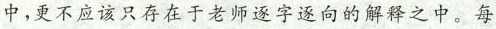
中，更不应该只存在于老师逐字逐向的解释之中。每